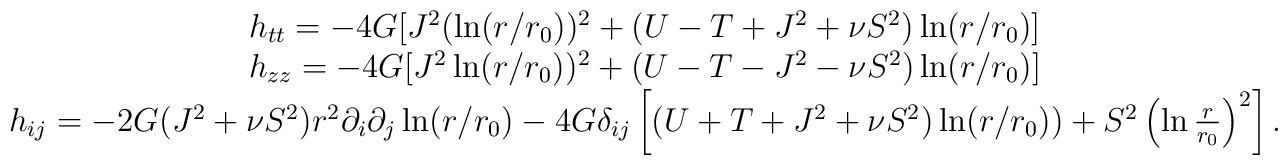
\begin{array}{cc}h_{tt} =-4 G [J^2(\ln(r/r_0))^2 + (U-T+J^2 + \nu S^2)\ln(r/r_0)] \\h_{zz} =-4 G [J^2 \ln(r/r_0))^2 + (U-T-J^2 - \nu S^2)\ln(r/r_0)] \\h_{ij} = -2 G (J^2 + \nu S^2) r^2 \partial_i\partial_j \ln(r/r_0) - 4 G \delta_{ij}\left[\left( U + T +J^2 + \nu S^2) \ln(r/r_0) \right) +S^2\left(\ln \frac{r}{r_0}\right)^2\right].\end{array}